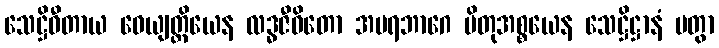
သေဋ္ဌိဓီတာယ ဝေယျတ္တိယေန လဒ္ဓဇီဝိတော အပရဘာဂေ ပိတုအစ္စယေန သေဋ္ဌိဋ္ဌာနံ ပတွာ